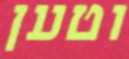
וטען